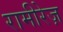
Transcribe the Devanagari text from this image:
रामीरेज़